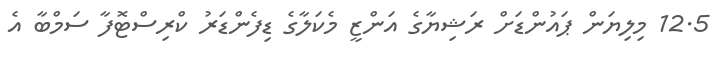
12.5 މިލިޔަން ޕައުންޑަށް ރަޝިޔާގެ އަންޒީ މެކަލާގެ ޑިފެންޑަރު ކްރިސްޓޮފާ ސަމްބާ އެ